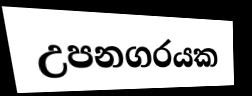
උපනගරයක